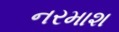
નરમાશ